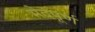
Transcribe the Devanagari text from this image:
भेदपूर्ण